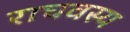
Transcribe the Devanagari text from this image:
राघवस्य